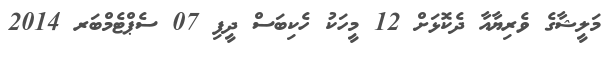
މަލީޝާގެ ވެރިޔާއާ ދެކޮޅަށް 12 މީހަކު ހެކިބަސް ދީފި 07 ސެޕްޓެމްބަރ 2014